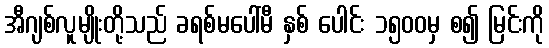
အီဂျစ်လူမျိုးတို့သည် ခရစ်မပေါ်မီ နှစ် ပေါင်း ၁၅၀၀မှ စ၍ မြင်းကို